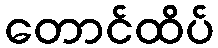
တောင်ထိပ်